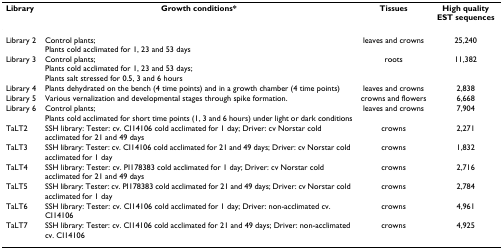
| Library | Growth conditions* | Tissues | High quality EST sequences |
 | --- | --- | --- | --- |
 | Library 2 | Control plants;Plants cold acclimated for 1, 23 and 53 days | leaves and crowns | 25,240 |
 | Library 3 | Control plants;Plants cold acclimated for 1, 23 and 53 days;Plants salt stressed for 0.5, 3 and 6 hours | roots | 11,382 |
 | Library 4 | Plants dehydrated on the bench (4 time points) and in a growth chamber (4 time points) | leaves and crowns | 2,838 |
 | Library 5 | Various vernalization and developmental stages through spike formation. | crowns and flowers | 6,668 |
 | Library 6 | Control plants;Plants cold acclimated for short time points (1, 3 and 6 hours) under light or dark conditions | leaves and crowns | 7,904 |
 | TaLT2 | SSH library: Tester: cv. CI14106 cold acclimated for 1 day; Driver: cv Norstar cold acclimated for 21 and 49 days | crowns | 2,271 |
 | TaLT3 | SSH library: Tester: cv. CI14106 cold acclimated for 21 and 49 days; Driver: cv Norstar cold acclimated for 1 day | crowns | 1,832 |
 | TaLT4 | SSH library: Tester: cv. PI178383 cold acclimated for 1 day; Driver: cv Norstar cold acclimated for 21 and 49 days | crowns | 2,716 |
 | TaLT5 | SSH library: Tester: cv. PI178383 cold acclimated for 21 and 49 days; Driver: cv Norstar cold acclimated for 1 day | crowns | 2,784 |
 | TaLT6 | SSH library: Tester: cv. CI14106 cold acclimated for 1 day; Driver: non-acclimated cv. CI14106 | crowns | 4,961 |
 | TaLT7 | SSH library: Tester: cv. CI14106 cold acclimated for 21 and 49 days; Driver: non-acclimated cv. CI14106 | crowns | 4,925 |